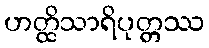
ဟတ္ထိသာရိပုတ္တဿ